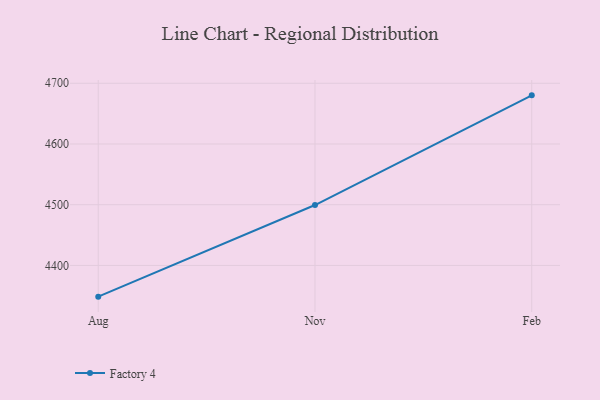
{"axis": {"x": "Month", "y": "Backlog"}, "legend": ["Factory 4"], "data": [{"x": "Aug", "y": 4348.6, "type": "Factory 4"}, {"x": "Nov", "y": 4499.5, "type": "Factory 4"}, {"x": "Feb", "y": 4680.1, "type": "Factory 4"}]}